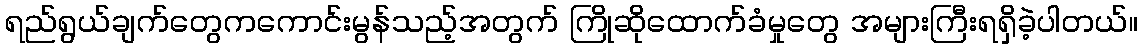
ရည်ရွယ်ချက်တွေကကောင်းမွန်သည့်အတွက် ကြိုဆိုထောက်ခံမှုတွေ အများကြီးရရှိခဲ့ပါတယ်။